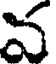
వ